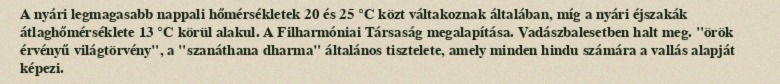
A nyári legmagasabb nappali hőmérsékletek 20 és 25 °C közt váltakoznak általában, míg a nyári éjszakák átlaghőmérséklete 13 °C körül alakul. A Filharmóniai Társaság megalapítása. Vadászbalesetben halt meg. "örök érvényű világtörvény", a "szanáthana dharma" általános tisztelete, amely minden hindu számára a vallás alapját képezi.